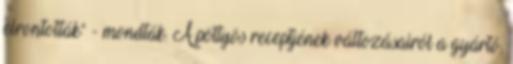
elrontották" - mondták. A pöttyös receptjének változásairól a gyártó,